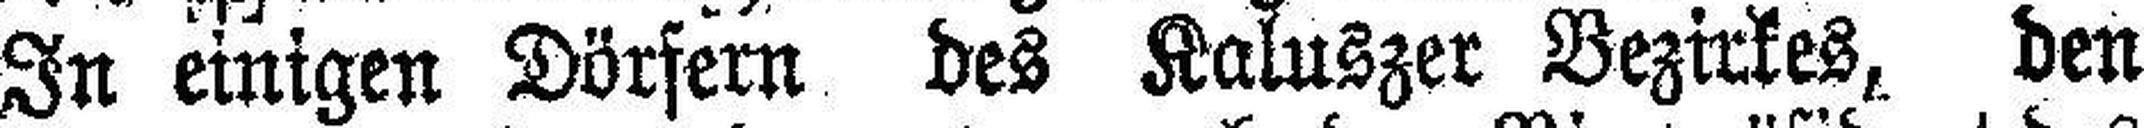
In einigen Dörfern des Kaluszer Bezirkes, den